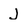
Character: J